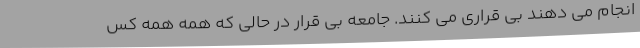
انجام می دهند بی قراری می کنند. جامعه بی قرار در حالی که همه همه کس